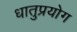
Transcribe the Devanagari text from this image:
धातुप्रयोग